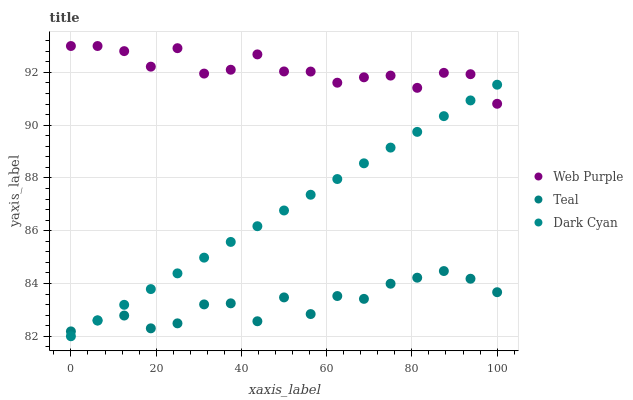
| xaxis_label | Web Purple | Teal | Dark Cyan |
 | --- | --- | --- | --- |
 | 0 | 93 | 82.2 | 82 |
 | 6.25 | 93 | 82.6 | 82.6 |
 | 12.5 | 92.8 | 82.8 | 83.2 |
 | 18.8 | 92.2 | 82.3 | 83.8 |
 | 25 | 92.9 | 82.5 | 84.4 |
 | 31.2 | 92 | 83.2 | 85 |
 | 37.5 | 92.1 | 83.2 | 85.6 |
 | 43.8 | 92.7 | 82.6 | 86.2 |
 | 50 | 92 | 83.5 | 86.8 |
 | 56.2 | 92 | 82.8 | 87.4 |
 | 62.5 | 91.6 | 83.5 | 88 |
 | 68.8 | 91.8 | 83.4 | 88.6 |
 | 75 | 91.9 | 84 | 89.2 |
 | 81.2 | 91.4 | 84.2 | 89.7 |
 | 87.5 | 92 | 84.5 | 90.3 |
 | 93.8 | 91.9 | 84.2 | 90.9 |
 | 100 | 90.8 | 83.7 | 91.5 |